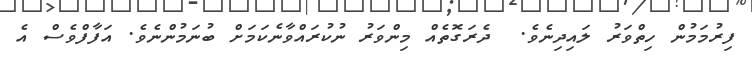
ފިރުމަމުން ހިތްވަރު ލައިދިނެވެ.  ދެރަގޮތެއް މިންވަރު ނުކުރައްވާނެކަމަށް ބުނަމުންނެވެ. އަފާފްވެސް އެ